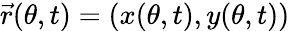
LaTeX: \vec{r}(\theta,t)=(x(\theta,t),y(\theta,t))